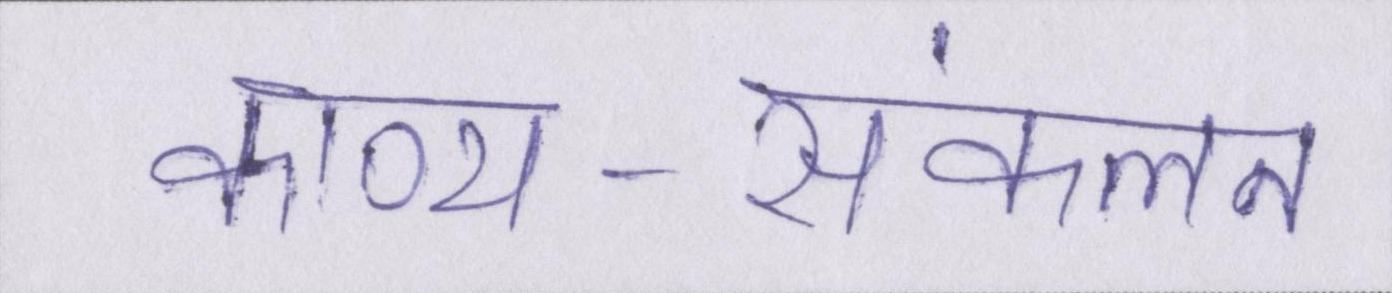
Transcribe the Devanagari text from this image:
काव्य-संकलन